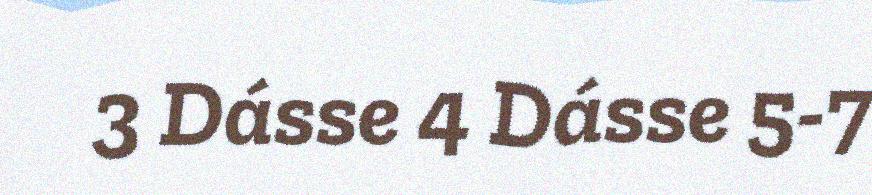
3 Dásse 4 Dásse 5-7